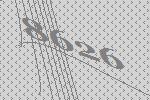
8626